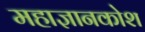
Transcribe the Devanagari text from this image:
महाज्ञानकोश